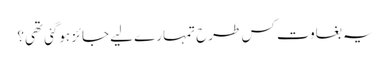
یہ بغاوت کس طرح تمہارے لیے جائز ہوگئی تھی؟